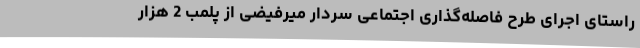
راستای اجرای طرح فاصله‌گذاری اجتماعی سردار میرفیضی از پلمب 2 هزار